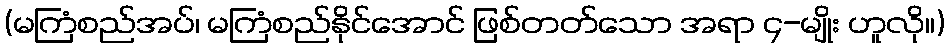
(မကြံစည်အပ်၊ မကြံစည်နိုင်အောင် ဖြစ်တတ်သော အရာ ၄-မျိုး ဟူလို။)